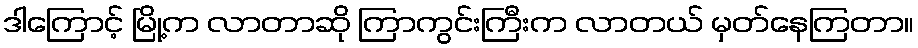
ဒါကြောင့် မြို့က လာတာဆို ကြာကွင်းကြီးက လာတယ် မှတ်နေကြတာ။